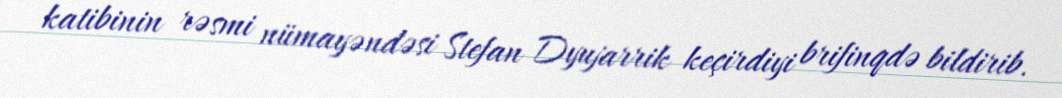
katibinin rəsmi nümayəndəsi Stefan Dyujarrik keçirdiyi brifinqdə bildirib.